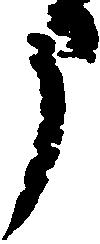
申